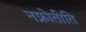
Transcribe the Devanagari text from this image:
नफ्रोेतीति